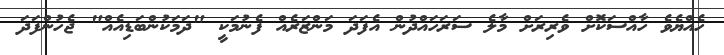
ހެއްޔެވެ ހާއްސަކޮށް ވެރިރަށް މާލެ ސަރަހައްދުން އެފަދަ މަންޒަރެއް ފެނުމަކީ "ދަމަކުންބަޑިއެއް" ޖެހުންފަދަ